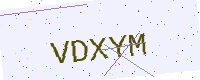
Text: VDXYM